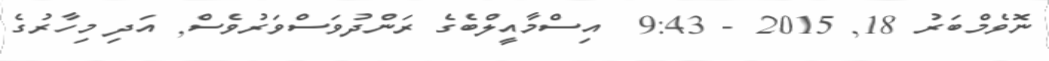
ނޮވެމްބަރު 18